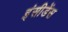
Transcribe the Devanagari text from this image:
इंसीडेंस